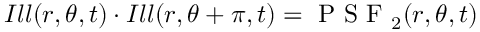
I l l ( r , \theta , t ) \cdot I l l ( r , \theta + \pi , t ) = \textrm { P S F } _ { 2 } ( r , \theta , t )